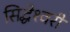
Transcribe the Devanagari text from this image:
सिद्धेश्‍वरी